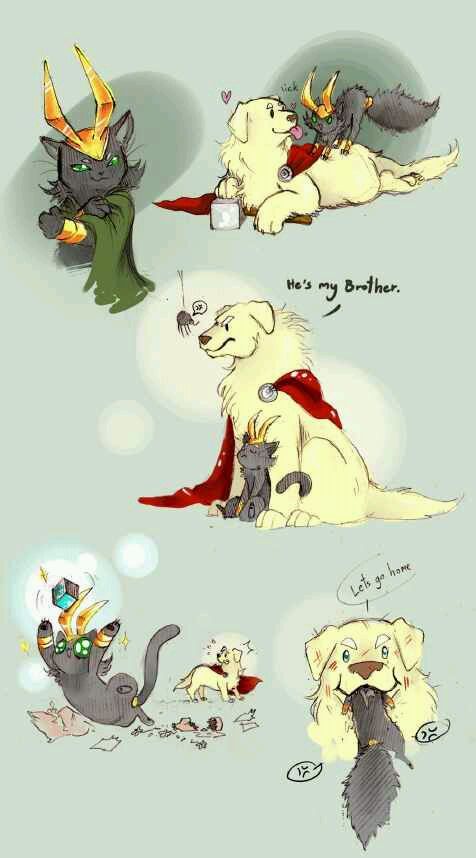
悲怀感物来，泣涕应情陨。